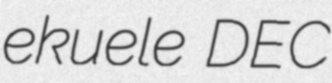
ekuele DEC